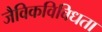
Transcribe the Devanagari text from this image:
जैविकविविधता